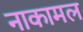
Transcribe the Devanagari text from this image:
नाकामल